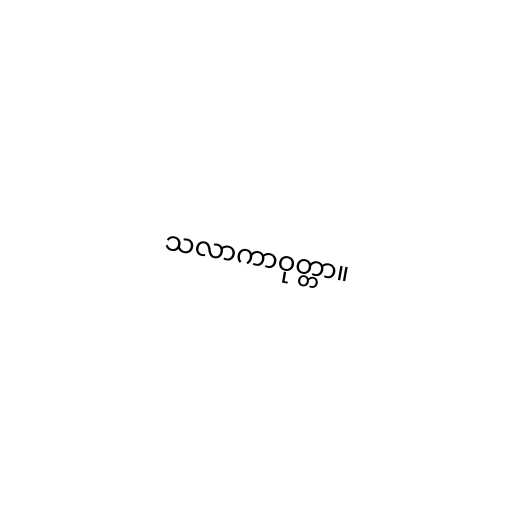
သလာကာဝုတ္တာ။